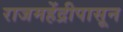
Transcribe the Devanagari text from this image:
राजमहेंद्रीपासून